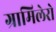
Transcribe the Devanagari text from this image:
ग्रामिलेरो